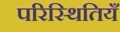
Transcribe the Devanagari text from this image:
परिस्थितियँ